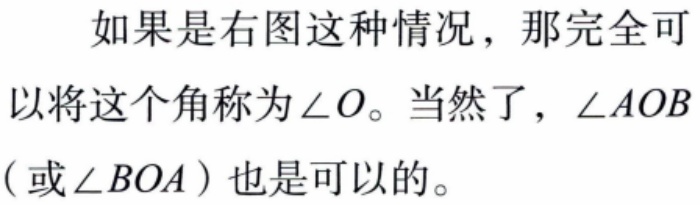
如果是右图这种情况，那完全可以将这个角称为\(\angle O\)。当然了，\(\angle AOB\)（或\(\angle BOA\)）也是可以的。